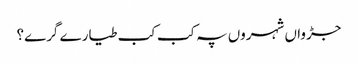
جڑواں شہروں پہ کب کب طیارے گرے؟